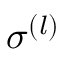
\sigma ^ { ( l ) }